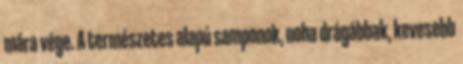
mára vége. A természetes alapú samponok, noha drágábbak, kevesebb